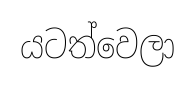
යටත්වෙලා